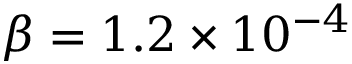
\beta = 1 . 2 \times 1 0 ^ { - 4 }